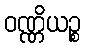
ဝဏ္ဏိယဉ္စ